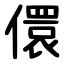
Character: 儇